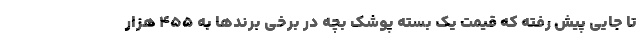
تا جایی پیش رفته که قیمت یک بسته پوشک بچه در برخی برندها به ۴۵۵ هزار